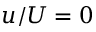
u / U = 0